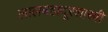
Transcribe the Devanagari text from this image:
लालबहादूरशास्त्री